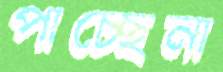
পাচ্ছেনা